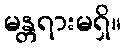
မန္တရားမရှိ။